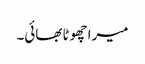
میرا چھوٹا بھائی۔